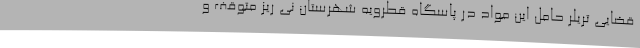
قضایی تریلر حامل این مواد در پاسگاه قطرویه شهرستان نی ریز متوقف و